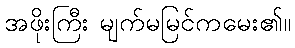
အဖိုးကြီး မျက်မမြင်ကမေး၏။